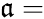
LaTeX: \mathfrak{a}=